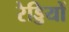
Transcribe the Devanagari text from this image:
रेड्डियों